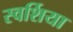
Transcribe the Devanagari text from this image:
स्वर्शिया